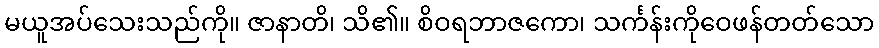
မယူအပ်သေးသည်ကို။ ဇာနာတိ၊ သိ၏။ စိဝရဘာဇကော၊ သင်္ကန်းကိုဝေဖန်တတ်သော